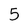
Character: 5